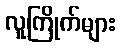
လူကြိုက်များ